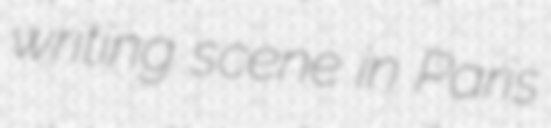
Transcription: writing scene in Paris